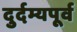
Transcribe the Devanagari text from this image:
दुर्दम्यपूर्व